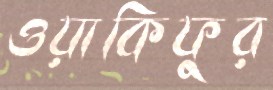
ওয়াকিফুর